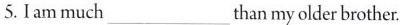
5.I am much ___thanmy older brother.